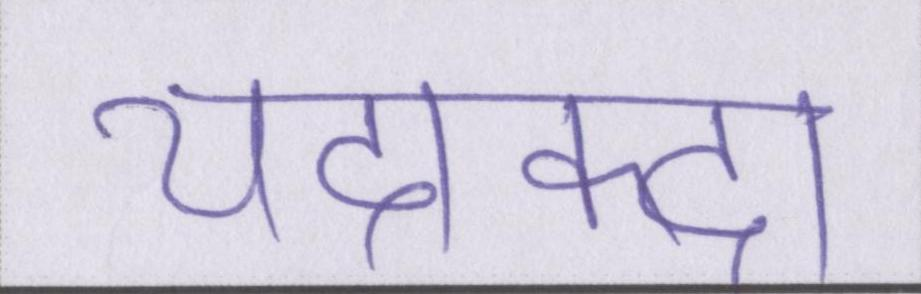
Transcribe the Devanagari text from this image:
यदाकदा